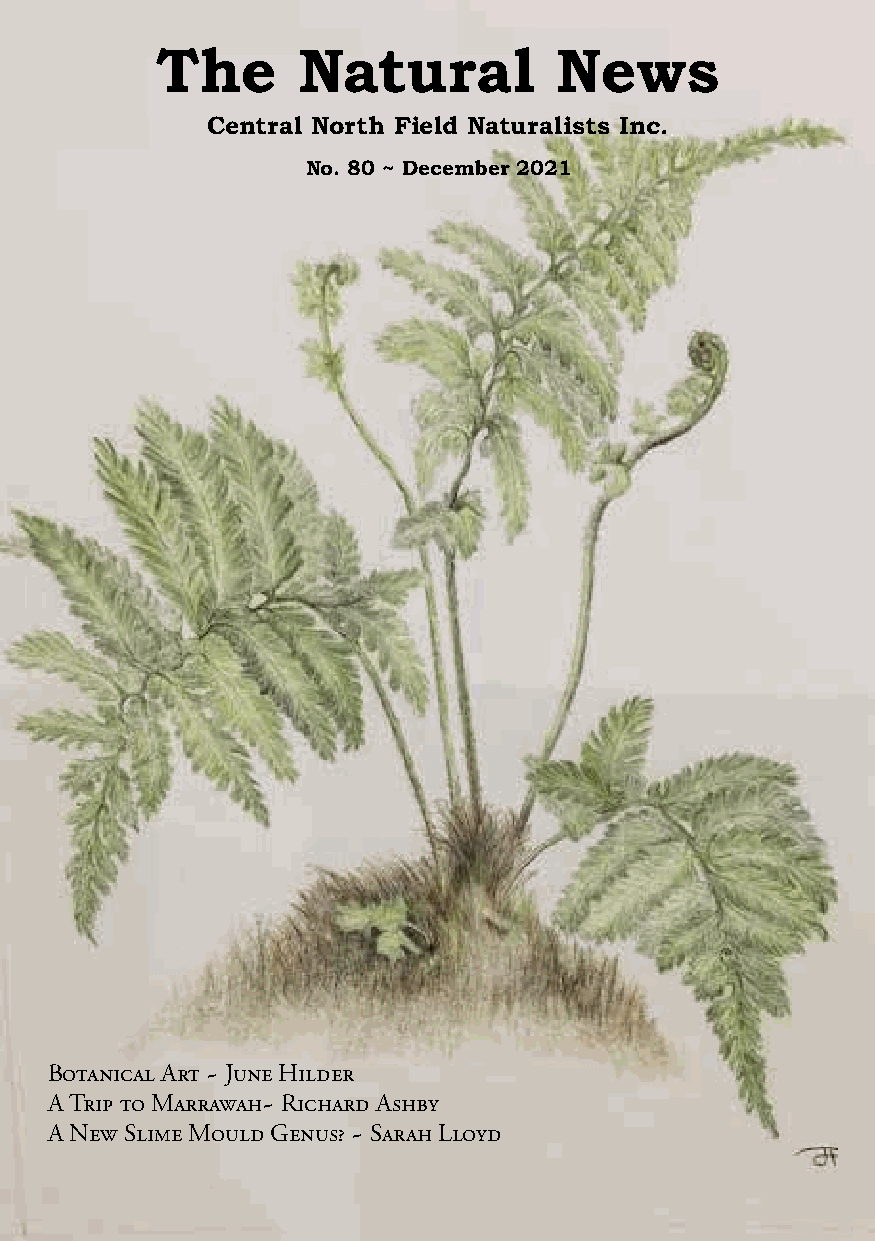
The       Natural          News
 Central North Field Naturalists Inc.
 No. 80 ~ December 2021
 Botanical Art ~ June Hilder
 A Trip to Marrawah~ Richard Ashby
 A New Slime Mould Genus? ~ Sarah Lloyd